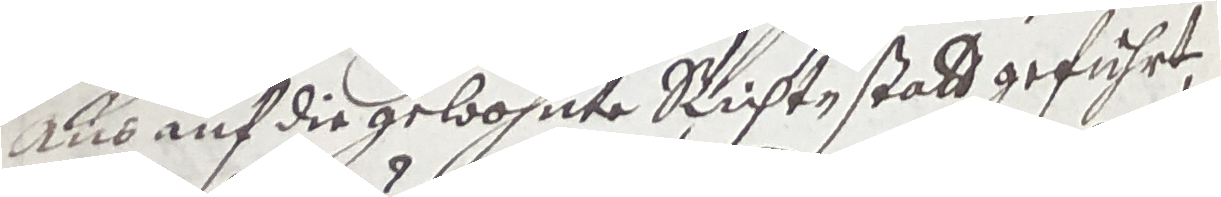
And auf die gelonte richtenstatd geführt